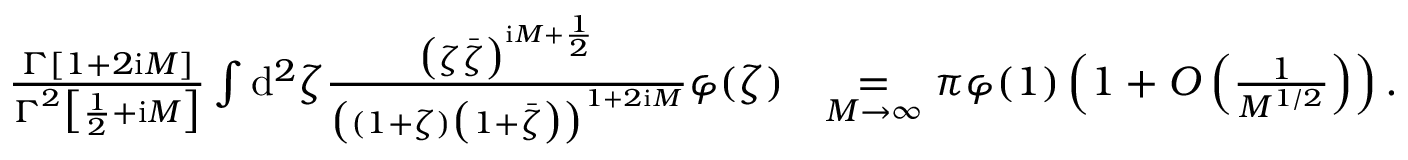
\begin{array} { r l } { \frac { \boldsymbol \Gamma [ 1 + 2 \mathrm { i } M ] } { \boldsymbol \Gamma ^ { 2 } \big [ \frac 1 2 + \mathrm { i } M \big ] } \int \mathrm { d } ^ { 2 } \zeta \frac { \big ( \zeta \bar { \zeta } \big ) ^ { \mathrm { i } M + \frac 1 2 } } { \big ( ( 1 + \zeta ) \big ( 1 + \bar { \zeta } \big ) \big ) ^ { 1 + 2 \mathrm { i } M } } \varphi ( \zeta ) } & { \underset { M \to \infty } { = } \pi \varphi ( 1 ) \left( 1 + O \left( \frac 1 { M ^ { 1 / 2 } } \right) \right) . } \end{array}